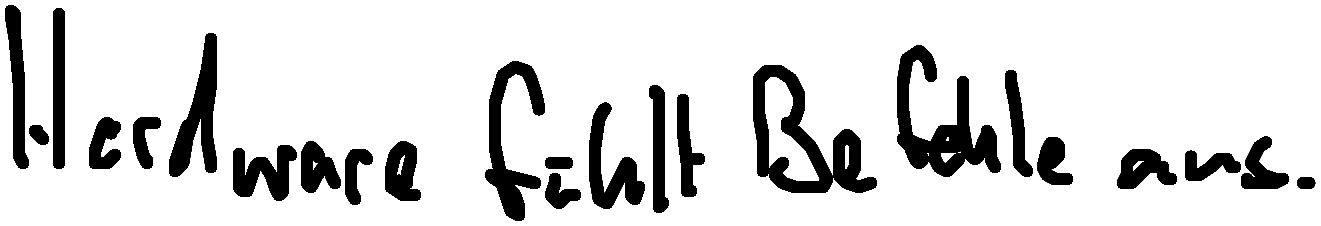
Hardware führt Befehle aus.